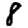
Digit: 8